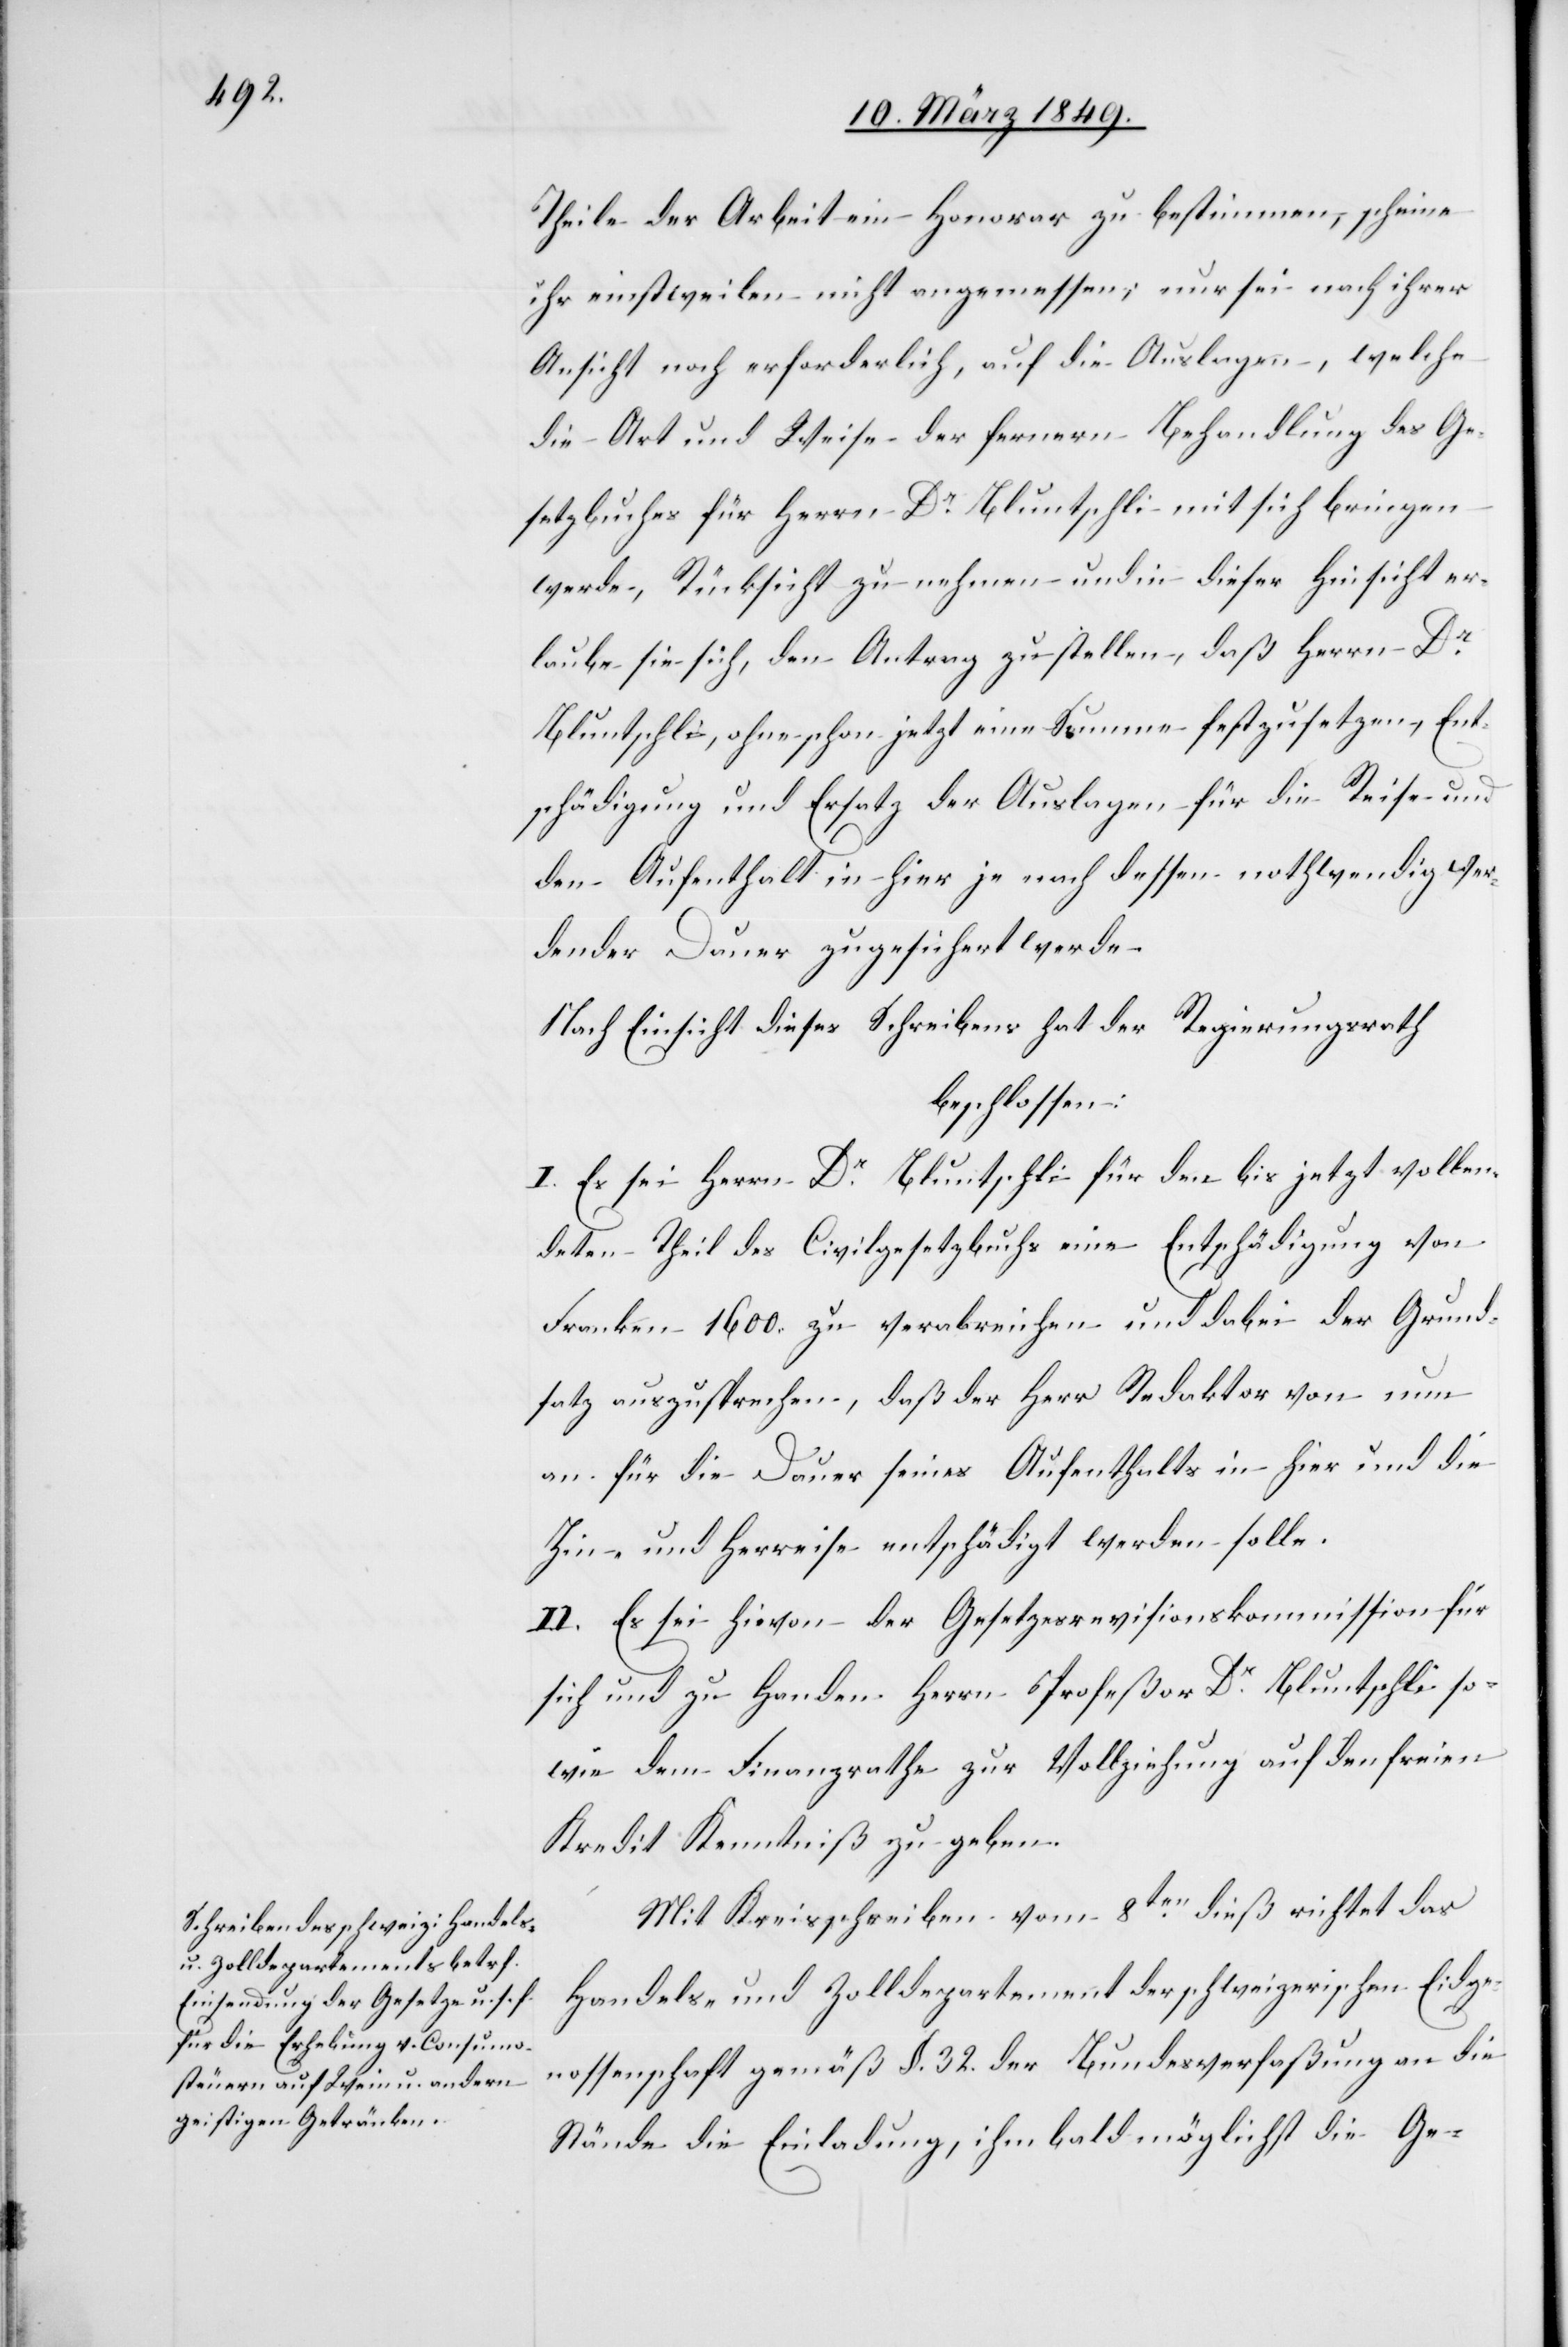
Theile der Arbeit ein Honorar zu bestimmen, scheine
ihr einstweilen nicht angemessen; nur sei nach ihrer
Ansicht noch erforderlich, auf die Auslagen, welche
die Art und Weise der fernern Behandlung des Ge¬
setzbuches für Herrn Dr. Bluntschli mit sich bringen
werde, Rücksicht zu nehmen und in dieser Hinsicht er¬
laube sie sich, den Antrag zu stellen, daß Herrn Dr.
Bluntschli, ohne schon jetzt eine Summe festzusetzen, Ent¬
schädigung und Ersatz der Auslagen für die Reise und
den Aufenthalt in hier je nach dessen nothwendig wer¬
dender Dauer zugesichert werde.
Nach Einsicht dieses Schreibens hat der Regierungsrath
beschlossen:
I. Es sei Herrn Dr. Bluntschli für den bis jetzt vollen¬
deten Theil des Civilgesetzbuchs eine Entschädigung von
Franken 1600. zu verabreichen und dabei der Grund¬
satz auszusprechen, daß der Herr Redaktor von nun
an für die Dauer seines Aufenthalts in hier und die
Hin- und Herreise entschädigt werden solle.
II. Es sei hievon der Gesetzesrevisionskommission für
sich und zu Handen Herrn Profeßor Dr. Bluntschli so¬
wie dem Finanzrathe zur Vollziehung auf den freien
Kredit Kenntniß zu geben.
Mit Kreisschreiben vom 8ten. dieß richtet das
Handels- und Zolldepartement der schweizerischen Eidge¬
nossenschaft gemäß §. 32. der Bundesverfaßung an die
Stände die Einladung, ihm bald möglichst die Ge-